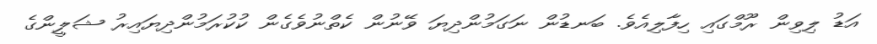
އަޑު ލިވިން ރޫމްގައި ހިފާލިއެވެ. ބަނޑުން ނަގަމުންދިޔަ ވޭނުން ކެތްނުވެގެން ކުކުރަމުންދިޔައިރު ޝަލީންގެ